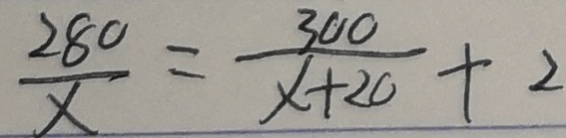
\frac { 2 8 0 } { x } = \frac { 3 0 0 } { x + 2 0 } + 2